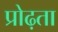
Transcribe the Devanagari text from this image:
प्रोढ़ता